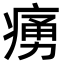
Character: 𤸝